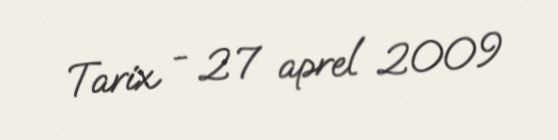
Tarix - 27 aprel 2009